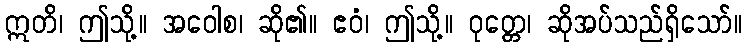
ဣတိ၊ ဤသို့။ အဝေါစ၊ ဆို၏။ ဧဝံ၊ ဤသို့။ ဝုတ္တေ၊ ဆိုအပ်သည်ရှိသော်။